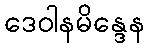
ဒေဝါနမိန္ဒေန